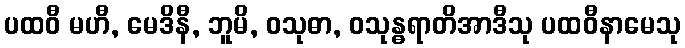
ပထဝီ မဟီ, မေဒိနီ, ဘူမိ, ဝသုဓာ, ဝသုန္ဓရာတိအာဒီသု ပထဝီနာမေသု